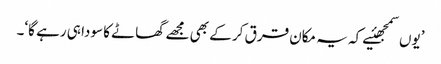
’یوں سمجھئیے کہ یہ مکان قرق کر کے بھی مجھے گھاٹے کا سودا ہی رہے گا‘۔